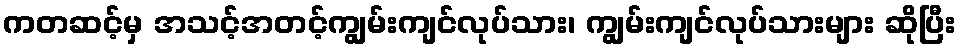
ကတဆင့်မှ အသင့်အတင့်ကျွမ်းကျင်လုပ်သား၊ ကျွမ်းကျင်လုပ်သားများ ဆိုပြီး